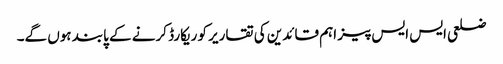
ضلعی ایس ایس پیز اہم قائدین کی تقاریر کو ریکارڈ کرنے کے پابند ہوں گے۔